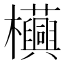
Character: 𧅦